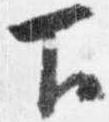
下